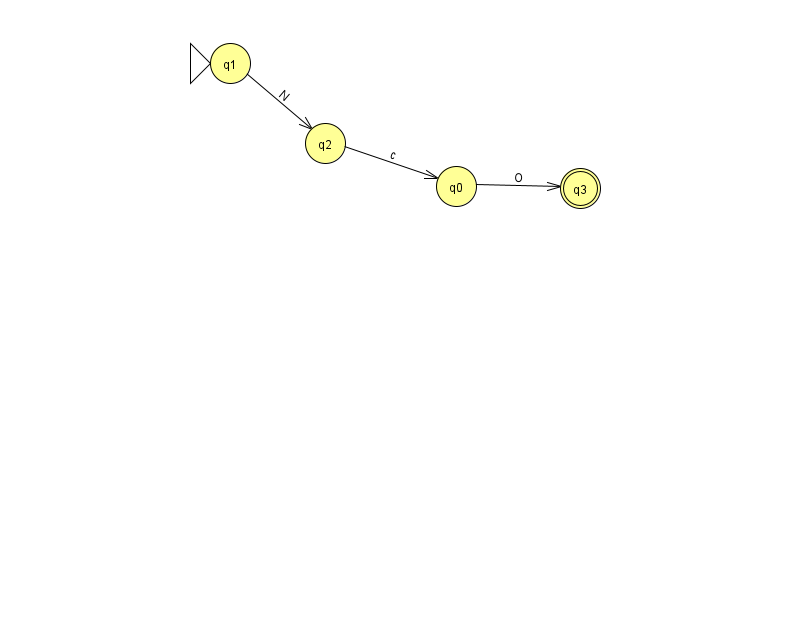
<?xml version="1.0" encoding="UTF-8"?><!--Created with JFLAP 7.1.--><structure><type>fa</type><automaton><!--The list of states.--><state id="0" name="q0"><x>456.0</x><y>173.0</y></state><state id="1" name="q1"><x>230.0</x><y>50.0</y><initial/></state><state id="2" name="q2"><x>325.0</x><y>130.0</y></state><state id="3" name="q3"><x>580.0</x><y>175.0</y><final/></state><!--The list of transitions.--><transition><from>2</from><to>0</to><read>c</read></transition><transition><from>0</from><to>3</to><read>O</read></transition><transition><from>1</from><to>2</to><read>N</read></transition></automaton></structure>